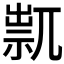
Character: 𥚋